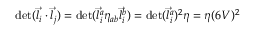
\operatorname * { d e t } ( \vec { l } _ { i } \cdot \vec { l } _ { j } ) = \operatorname * { d e t } ( \vec { l } _ { i } ^ { a } \eta _ { a b } \vec { l } _ { i } ^ { b } ) = \operatorname * { d e t } ( \vec { l } _ { i } ^ { a } ) ^ { 2 } \eta = \eta ( 6 V ) ^ { 2 }